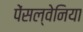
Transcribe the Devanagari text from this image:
पेंसल्वेनिया